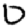
Digit: 0